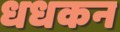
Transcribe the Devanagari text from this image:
धधकन